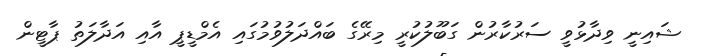
ޝައިނީ ވިދާޅުވީ ސަރުކާރުން ގަބޫލުކުރީ މިރޭގެ ބައްދަލުވުމުގައި އެމްޑީޕީ އާއި އަދާލަތު ޕާޓީން